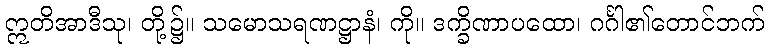
ဣတိအာဒီသု၊ တို့၌။ သမောသရဏဋ္ဌာနံ၊ ကို။ ဒက္ခိဏာပထော၊ ဂင်္ဂါ၏တောင်ဘက်